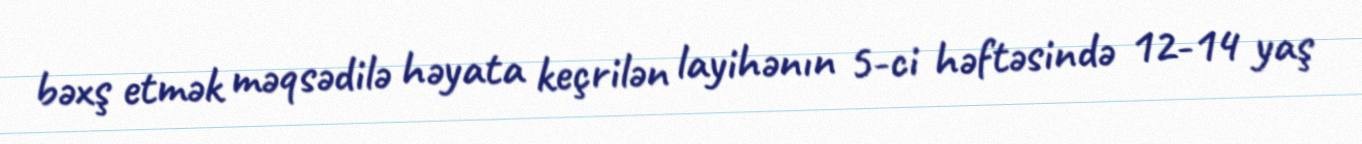
bəxş etmək məqsədilə həyata keçrilən layihənın 5-ci həftəsində 12-14 yaş